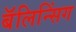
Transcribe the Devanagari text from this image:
बॅलिन्सिंग